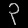
Digit: ၃